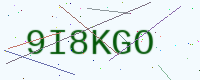
Text: 9I8KGO